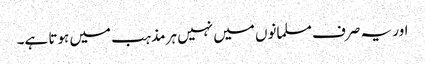
اور یہ صرف مسلمانوں میں نہیں ہر مذہب میں ہوتا ہے۔